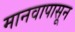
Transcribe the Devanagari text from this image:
मानवापासून